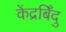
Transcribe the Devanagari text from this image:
केंद्रबिँदु